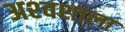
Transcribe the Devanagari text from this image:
अश्‍वशाला